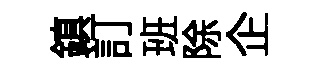
鎮訂班除企